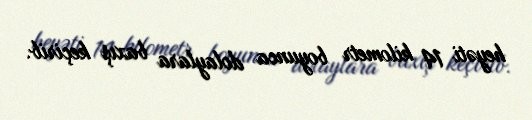
heyəti 14 kilometr boyunca dolaylara baxış keçirib.